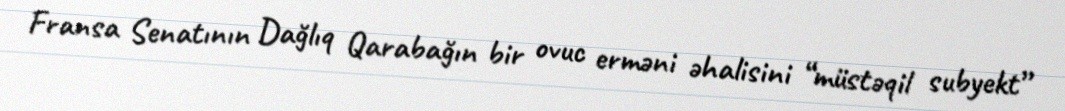
Fransa Senatının Dağlıq Qarabağın bir ovuc erməni əhalisini “müstəqil subyekt”